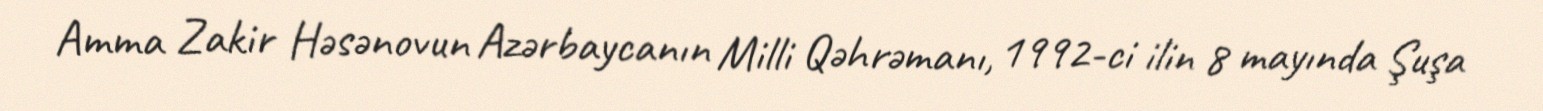
Amma Zakir Həsənovun Azərbaycanın Milli Qəhrəmanı, 1992-ci ilin 8 mayında Şuşa